Medical and sanitary report of the native army of Bengal for the year
Year: 1876
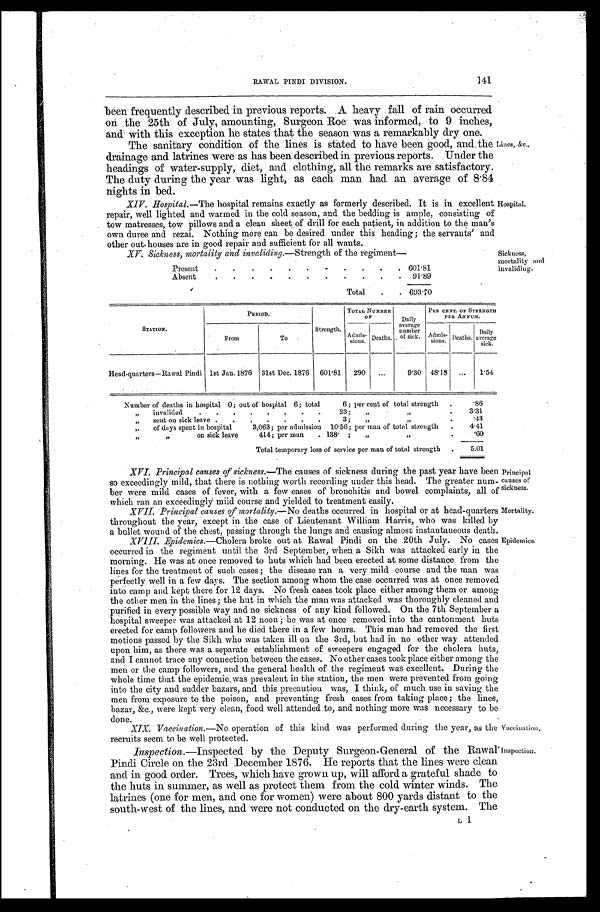
R A W A L P I N D I D I V I S I O N .
141
been frequently described in previous reports. A heavy fall of rain occurred
on. the 25th of July, amounting, Surgeon Roe was informed, to 9 inches,
and with this exception he states that the season was a remarkably dry one.
The sanitary condition of the lines is stated to have been good, and.the
drainage and latrines were as has been described in previous reports. Under the
headings of water-supply, diet, and clothing, all the remarks are satisfactory.
The duty during the year was light, as each man had an average of 8.84
nights in bed.
Lines, &c.,
XIV. Hospital .—The hospital remains exactly as formerly described. It is in excellent Hospital.
repair, well lighted and warmed in the cold season, and the bedding is ample, consisting of
tow matresses, tow pillows and a clean sheet of drill for each patient, in addition to the man's
own duree and rezai. Nothing more can be desired under this heading; the servants' and
other ouf.houses are in good repair and sufficient for all wants_
XV Sickness, mortality and invaliding.—Strength of the regiment
Present
601.81
Absent
91.89
Total
6 9 3 . 7 0
Sickness,
mortality and
invaliding.
STATION.
PERIOD.
Strength
TOTAL NUMBER
O F
Daily
average number of sick.
PER CENT. OF STRENGTH
PER ANNUM.
From
To
Admis- s i o n s . Deaths.
Admis- sions. Deaths. Daily
average sick.
Head-quarters—Rawal Pindi 1st Jan. 1876 31st Dec. 1876 601.81 290
9.30 48.18
1.54
Number of deaths in hospital 0; out of hospital 6; total
6; per cent of total strength
.86
„ invalided
23;
„ „
3.31
„ sent on sick leave
3; „
„
.43
„ of days spent in hospital 3,063; per admission 10.56; per man of total strength
4 . 4 1
„ „ on sick leave 414; per man
138.;
„ „
.60
Total temporary loss of service per man of total strength
5.01
XVI. Principal causes of sickness.—The causes of sickness during the past year have been
so exceedingly mild, that there is nothing worth recording under this head. The greater num-
ber were mild cases of fever, with a few cases of bronchitis and. bowel complaints, all of
which ran an exceedingly mild course and yielded to treatment easily.
principal
causes of
sickness.
XVII. Principal causes of mortality .—No deaths occurred in hospital or at head-quarters
throughout the year, except in the case of Lieutenant William Harris, who was killed by
a bullet wound of the chest, passing through the lungs and causing almost instantaneous death.
Mortality.
XVIII. Epidemics.—Cholera broke out at Rawal Pindi on the 20th July. No cases
occurred in the regiment until the 3rd September, when a Sikh was attacked early in the
morning. He was at once removed to huts which had been erected at some distance from the
lines for the treatment of such cases; the disease ran a very mild course and the man was
perfectly well in a few days. The section among whom the case occurred was at once removed
into camp and kept there for 12 days. No fresh cases took place either among them or among
the other men in the lines; the hut in which the man was attacked was thoroughly cleaned and
purified in every possible way and no sickness of any kind followed. On the 7th September a
hospital sweeper was attacked at 12 noon; he was at once removed into the cantonment huts
erected for camp followers and he died there in a few hours. This man had removed the first
motions passed by the Sikh who was taken ill on the 3rd, but had in no other way attended
upon him, as there was a separate establishment of sweepers engaged for the cholera huts,
and I cannot trace any connection between the cases. No other cases took place either among the
men or the camp followers, and the general health of the regiment was excellent. During the
whole time that the epidemic. was prevalent in the station, the men were prevented from going
into the city and sudden bazars, and this precaution was, I think, of much use in saving the
men from exposure to the poison, and preventing fresh cases from taking place; the lines,
bazar, &c., were kept very clean, food well attended to, and nothing more was necessary to be
done.
Epidemics.
XIX. Vaccination .—No operation of this kind was performed during the year, as the
recruits seem to be well protected.
Vaccination.
Inspection .—Inspected by the Deputy Surgeon-General of the Rawal
Pindi Circle on the 23rd December 1876. He reports that the lines were clean
and in good order. Trees, which have grown up, will afford a grateful shade to
the huts in summer, as well as protect them from the cold winter winds. The
latrines (one for men, and one for women) were about 800 yards distant to the
south-west of the lines, and were not conducted on the dry-earth system. The
Inspection.